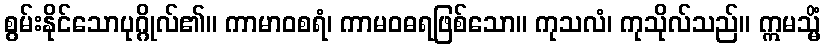
စွမ်းနိုင်သောပုဂ္ဂိုလ်၏။ ကာမာဝစရံ၊ ကာမဝဓရဖြစ်သော။ ကုသလံ၊ ကုသိုလ်သည်။ ဣမသ္မိံ